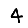
Digit: 4